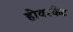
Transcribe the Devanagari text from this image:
होवरकैट